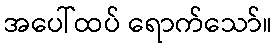
အပေါ်ထပ် ရောက်သော်။